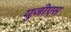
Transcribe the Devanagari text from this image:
युजीएस